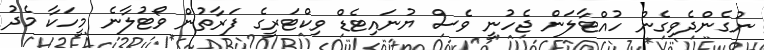
ނުގެންދެވިގެން ހުއްޓާލަން ޖެހުނީ ވެސް ޔުނައިޓެޑް ވިކްޓަރީގެ ފަރާތުން ވޯޓުލާނެ މީހަކާ މެދު